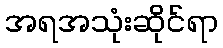
အရအသုံးဆိုင်ရာ